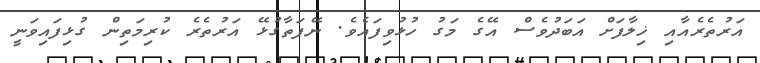
އަރުތެރެއާއި ޚިލާފަށް އަބަދުވެސް އޭގެ މަގު ހުޅުވިފައެވެ. ނޭފަތާގުޅޭ އަރުތެރެ ކުރިމަތިން ގުޅިފައިވަނީ